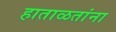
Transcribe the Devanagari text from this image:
हाताळतांना